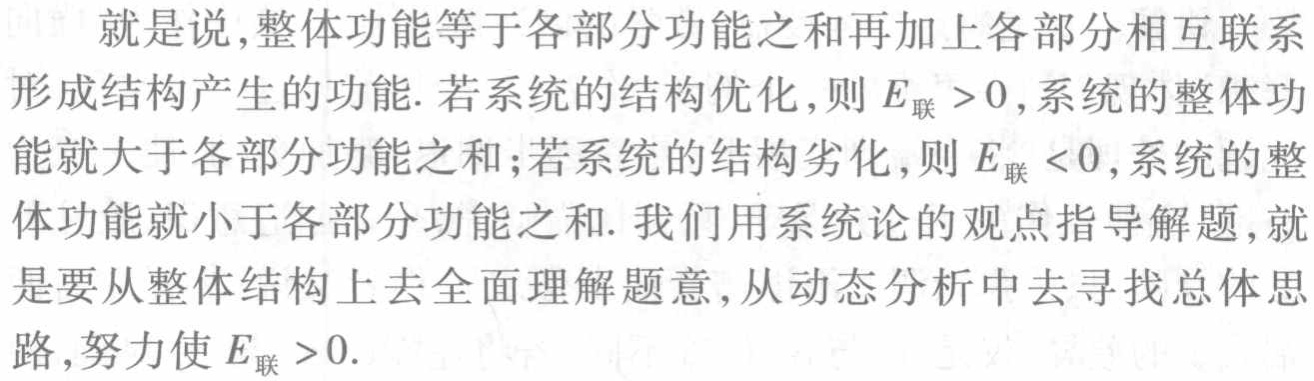
就是说,整体功能等于各部分功能之和再加上各部分相互联系形成结构产生的功能. 若系统的结构优化,则 \(E_{联}>0\),系统的整体功能就大于各部分功能之和;若系统的结构劣化,则 \(E_{联}<0\),系统的整体功能就小于各部分功能之和. 我们用系统论的观点指导解题,就是要从整体结构上去全面理解题意,从动态分析中去寻找总体思路,努力使 \(E_{联}>0\).